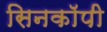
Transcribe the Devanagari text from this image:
सिनकाॅपी